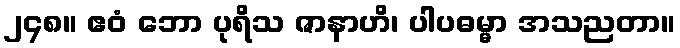
၂၄၈။ ဧဝံ ဘော ပုရိသ ဇာနာဟိ၊ ပါပဓမ္မာ အသညတာ။